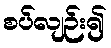
စပ်လျဉ်း၍